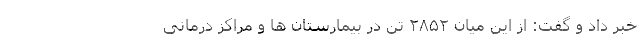
خبر داد و گفت: از این میان ۲۸۵۲ تن در بیمارستان ها و مراکز درمانی